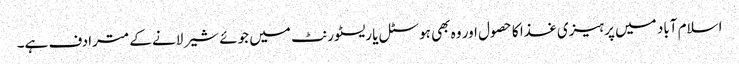
اسلام آباد میں پرہیزی غذا کا حصول اور وہ بھی ہوسٹل یا ریسٹورنٹ میں جوئے شیر لانے کے مترادف ہے۔